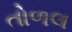
તોળલ